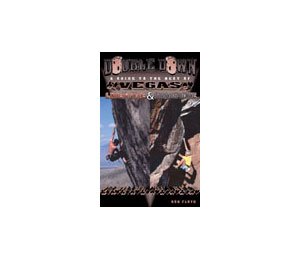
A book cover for Double down: A guide to the best of Vegas limestone & sandstone; Rob Floyd; Sports & Outdoors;